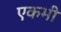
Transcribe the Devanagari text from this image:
एकभी